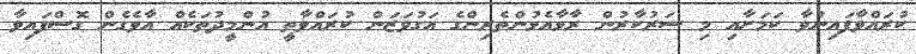
ކުރައްވާފައިނުވާ ކަމަށާއި މި ސަރުކާރުން ރާޅާއެޅުންތެރިންގެ އަގުވަޒަން ކުރައްވާތީ އުންމީދުތަކެއް އާވެގެން ގޮސްފައިވާ